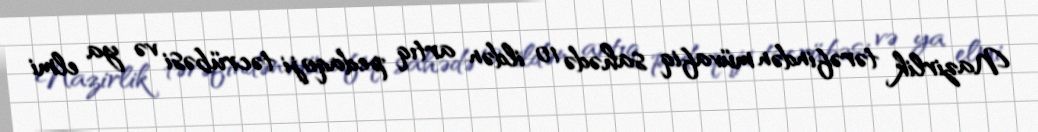
Nazirlik tərəfindən müvafiq sahədə 10 ildən artıq pedaqoji təcrübəsi və ya elmi